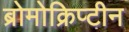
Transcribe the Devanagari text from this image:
ब्रोमोक्रिप्टीन